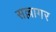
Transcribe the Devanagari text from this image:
सल्लागर